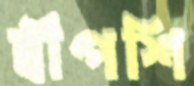
দ্বীপশি